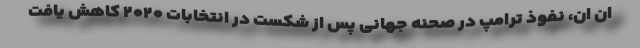
ان ان، نفوذ ترامپ در صحنه جهانی پس از شکست در انتخابات ۲۰۲۰ کاهش یافت